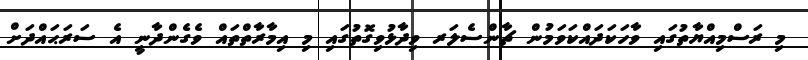
މި ރަސްމިއްޔާތުގައި ވާހަކަދައްކަވަމުން ޗާންސެލަރ ވިދާޅުވިގޮތުގައި މި އިމާރާތްތައް ވެގެންދާނީ އެ ސަރަޙައްދަށް